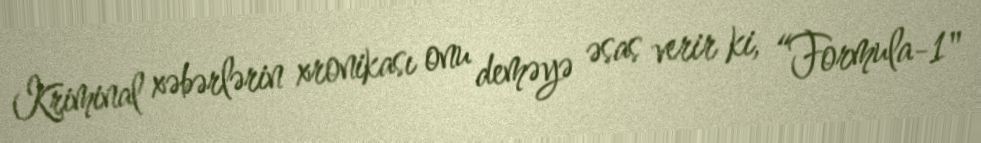
Kriminal xəbərlərin xronikası onu deməyə əsas verir ki, “Formula-1"